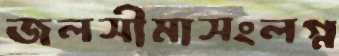
জলসীমাসংলগ্ন